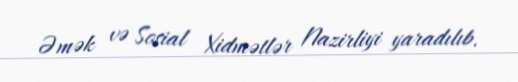
Əmək və Sosial Xidmətlər Nazirliyi yaradılıb.